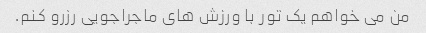
من می خواهم یک تور با ورزش های ماجراجویی رزرو کنم.